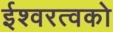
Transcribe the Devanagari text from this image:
ईश्वरत्वको